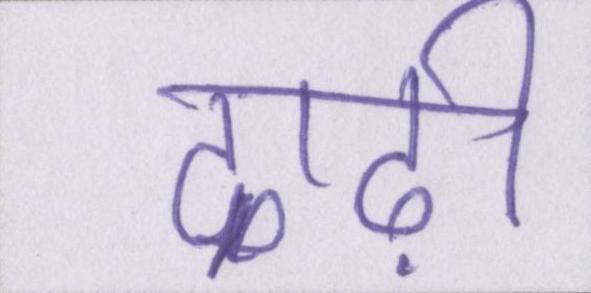
दाढ़ी